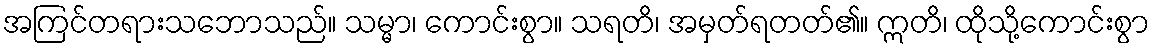
အကြင်တရားသဘောသည်။ သမ္မာ၊ ကောင်းစွာ။ သရတိ၊ အမှတ်ရတတ်၏။ ဣတိ၊ ထိုသို့ကောင်းစွာ